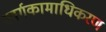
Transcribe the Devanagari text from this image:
स्वर्गकामाधिकरण